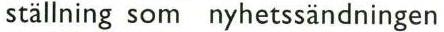
ställning som nyhetssändningen